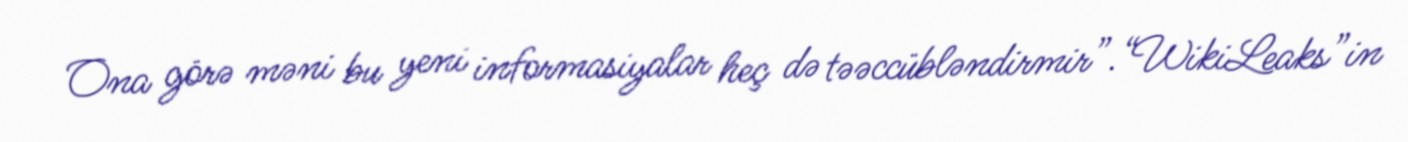
Ona görə məni bu yeni informasiyalar heç də təəccübləndirmir”.“WikiLeaks”in